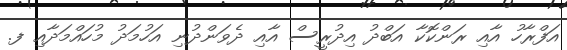
އަފްރާހު އާއި ރަންކޮކާ އަބްދު އިދުރީސް އާއި ދެވަންދުނި އަހުމަދު މުހައްމަދާއި ފ.